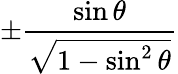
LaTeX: \pm{\frac{\sin\theta}{\sqrt{1-\sin^{2}\theta}}}